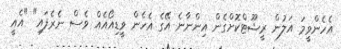
އެހެންވީމަ އަލުން ރީޝޫޓްކޮށްގެން އިންނާނެ އޭގެ އެހެން ވީޑިއޯއެއް ވެސް ނެރެފައި" "އެއީ